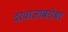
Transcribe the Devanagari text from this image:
दरवाजांबरोबर